Civil Veterinary Department Bihar reports 1936-40 - 1936-1940
Year: 1936
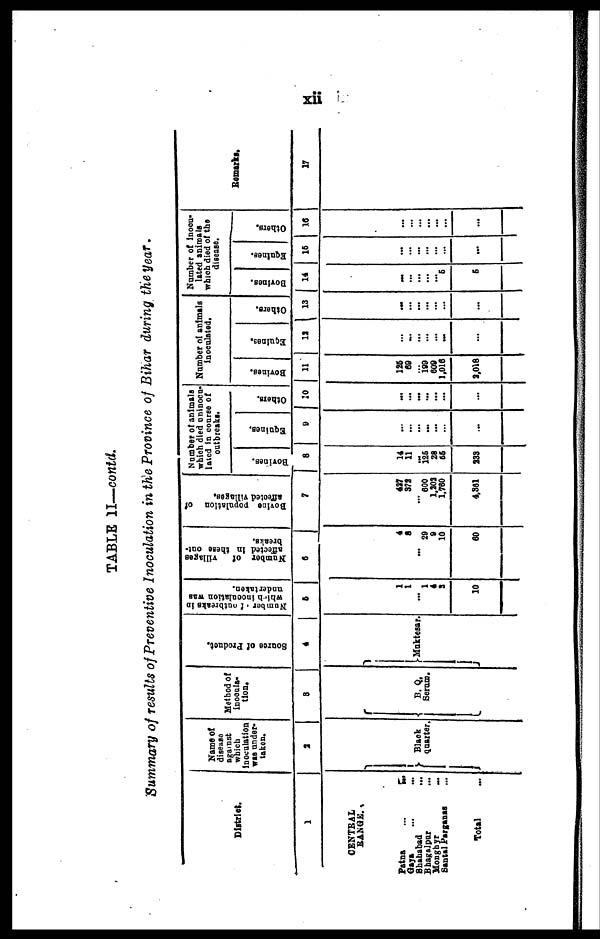
xii
TABLE II—contd.
Summary of results of Preventive Inoculation in the Province of Bihar during the year.
District.
1
CENTRAL
RANGE.
Patna
...
...
Gaya ... ...
Shahabad
...
Bhagalpur ...
Mongbyr ...
Santal Parganas ...
Total ...
Name of
disease
against
which
Inoculation
was under-
taken.
a
Black
quarter.
Method of
inocula-
tion.
8
B. Q.
Serum.
Source of Product.
4
Muktesar.
Number of outbreaks in
which
inoculation was
undertaken.
5
1
1
...
1
4
3
10
Number of
villages
affected in these out-
breaks.
6
4
8
...
29
9
10
60
Bovine population of
affected Tillages.
7
437
372
...
600
1,202
1,760
4,361
Number of animals
which died uninocu-
lated in course of
outbreaks.
Bovines.
8
14
11
...
126
28
55
233
Equines.
9
...
...
...
...
...
...
...
Others.
10
...
...
...
... ... ...
...
Number of animals
inoculated,
Bovines.
11
125
69
... 199
609
1,016
2,018
Equlnes.
12
...
...
...
... ...
...
...
Others.
13
...
...
...
...
...
...
...
Number of inocu-
lated animals
which died of the
disease.
Bovines.
14
...
...
...
...
... 5
5
Equines.
15
...
...
...
...
... ...
...
Others.
16
...
...
...
...
...
...
...
Remarks.
17